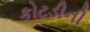
કોટડીની